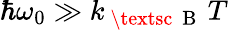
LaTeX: \hbar\omega_{0}\gg k_{\mathrm{~\textsc~{~B~}~}}T